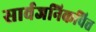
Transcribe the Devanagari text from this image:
सार्वजनिकवित्त